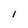
Character: 1